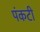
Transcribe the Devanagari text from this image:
पंकटी